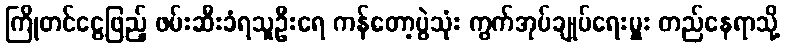
ကြိုတင်ငွေဖြည့် ဖမ်းဆီးခံရသူဦးရေ ကန်တော့ပွဲသုံး ကွက်အုပ်ချုပ်ရေးမှူး တည်နေရာသို့